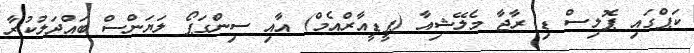
ކަޕްގައި ޕޮލިސް ޑި ރާޖާ މެލޭޝިއާ (ޕީޑީއާރްއެމް) އާއި ސިންގަޕޯ ލަޔަންސް ބައްދަލުކުރާ